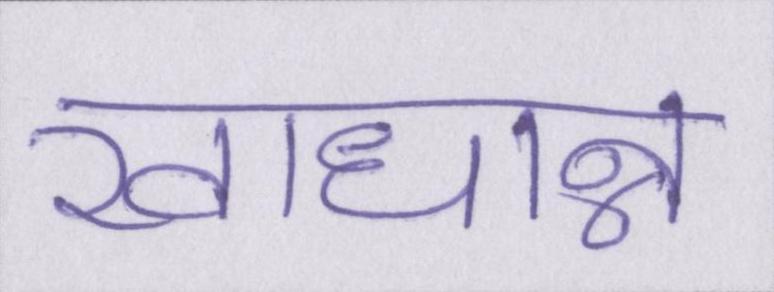
खाधान्न